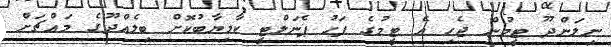
ނިލަންދޫ ޓީމުން ޖެހި އެ ޓީމުގެ ފަހު ޕެނަލްޓީ ކާމިޔާބުކޮށް ބިލެއްދޫގެ މައްޗަށް